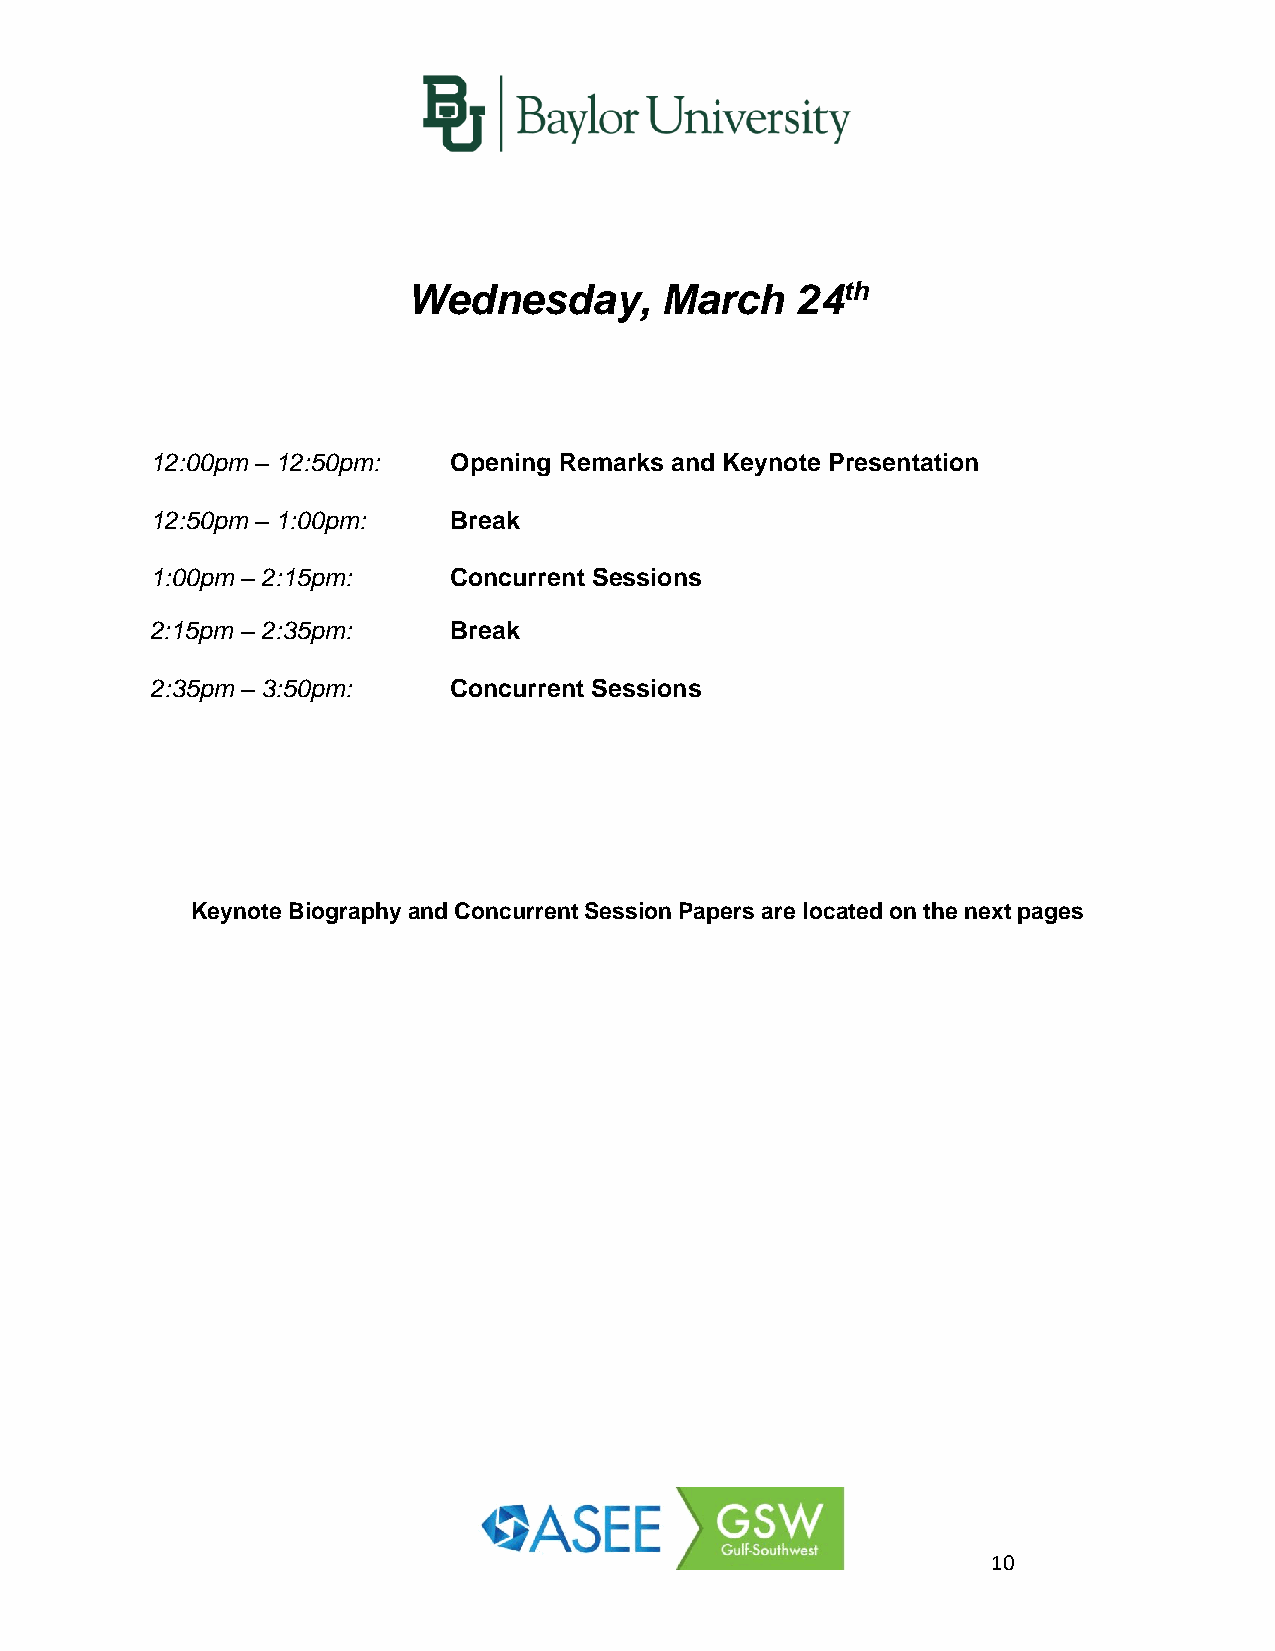
Wednesday,       March    24th
 12:00pm – 12:50pm:  Opening Remarks and Keynote Presentation
 12:50pm – 1:00pm:   Break
 1:00pm – 2:15pm:    Concurrent Sessions
 2:15pm – 2:35pm:    Break
 2:35pm – 3:50pm:    Concurrent Sessions
 Keynote Biography and Concurrent Session Papers are located on the next pages
 10